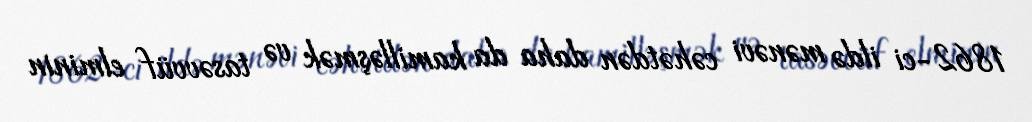
1862-ci ildə mənəvi cəhətdən daha da kamilləşmək və tasəvvüf elminin